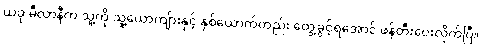
ယခု မီလာနီက သူ့ကို သူ့ယောကျ်ားနှင့် နှစ်ယောက်တည်း တွေ့ခွင့်ရအောင် ဖန်တီးပေးလိုက်ပြီ။